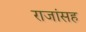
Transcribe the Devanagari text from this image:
राजांसह